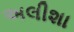
અલીશા